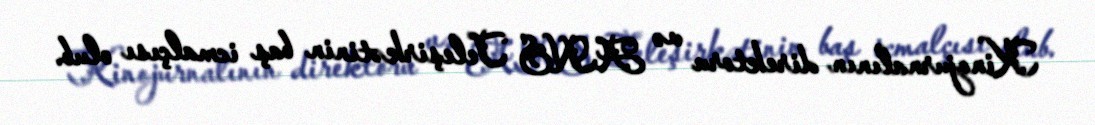
Kinojurnalının direktoru və ANS Teleşirkətinin baş icmalçısı olub.